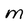
Character: M